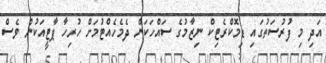
އަދި މި ފުރުސަތުގައި ޑިމޮކްރެޓިކް ނިޒާމުގެ ސައްހަކަން ދެމެހެއްޓުމަށް ހުރިހާ ޕާޓީއަކުން ވެސް